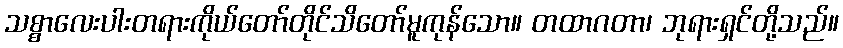
သစ္စာလေးပါးတရားကိုယ်တော်တိုင်သိတော်မူကုန်သော။ တထာဂတာ၊ ဘုရားရှင်တို့သည်။